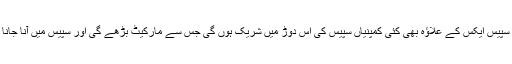
یہ امید کی جا رہی ہے کہ ایلون مسک کی سپیس ایکس کے علاؤہ بھی کئی کمپنیاں سپیس کی اس دوڑ میں شریک ہوں گی جس سے مارکیٹ بڑھے گی اور سپیس میں آنا جانا پہلے کی نسبت زیادہ بہتر اور سستا ہو گا۔